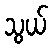
သွယ်